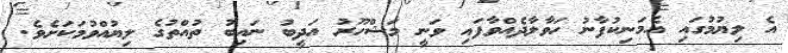
އެ ލިޔުމުގައި އެމަނިކުފާނު ހަވާލާދެއްވާފައި ވަނީ މަޝްހޫރު އަދީބު ނައިބު ތުއްތުގެ ލިޔުއްވުމަކަށެވެ.